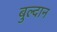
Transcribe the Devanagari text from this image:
बुल्दान